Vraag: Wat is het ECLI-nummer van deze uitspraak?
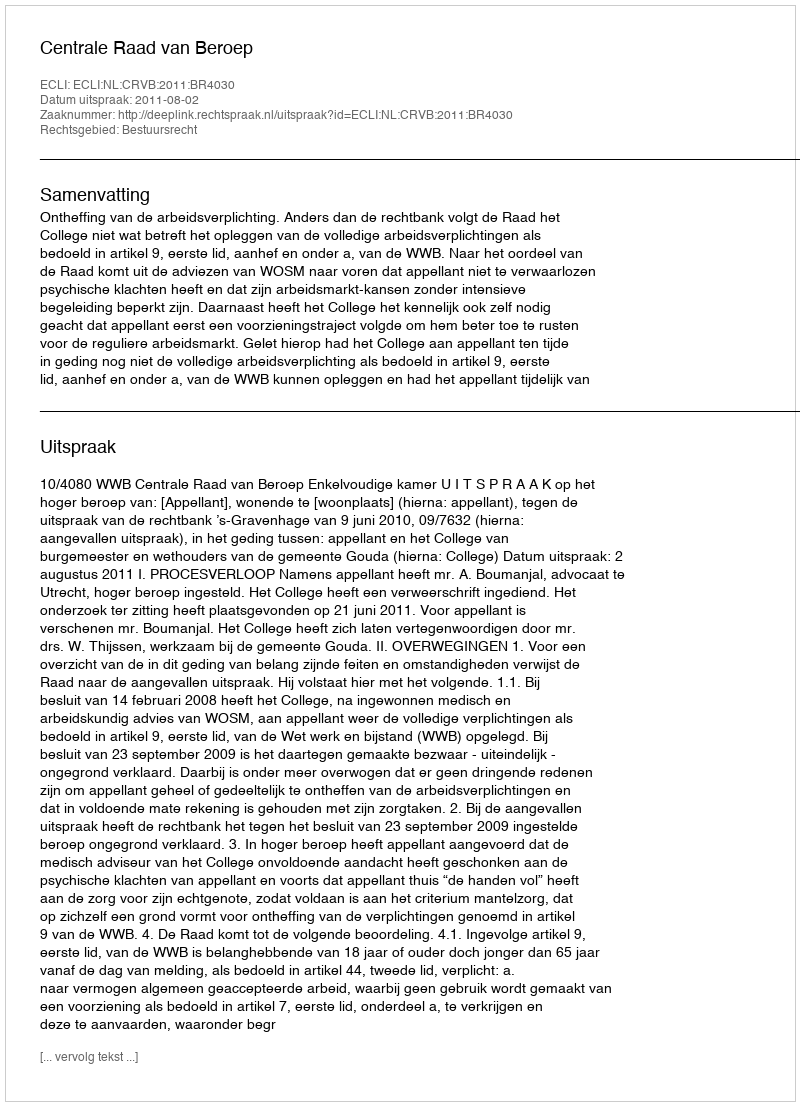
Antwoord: ECLI:NL:CRVB:2011:BR4030